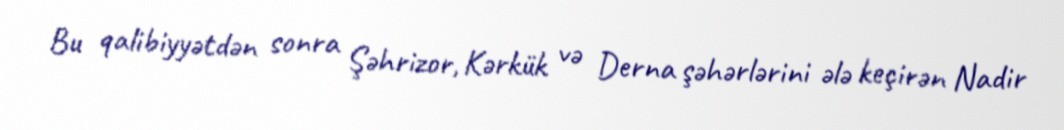
Bu qalibiyyətdən sonra Şəhrizor, Kərkük və Derna şəhərlərini ələ keçirən Nadir